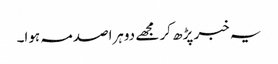
یہ خبر پڑھ کر مجھے دوہراصدمہ ہوا۔